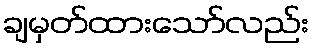
ချမှတ်ထားသော်လည်း